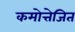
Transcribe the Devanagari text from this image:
कमोत्तेजित